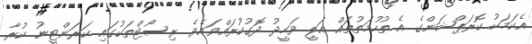
އެކަމަކު ކޮރަޕްޝަންގެ އެ ތުހުމަތުތައް އަލީ ވަހީދު ދޮގުކުރައްވައެވެ. ރިސޯޓްތަކުގައި ކަރަންޓީނު ކުރާ